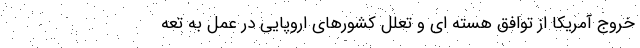
خروج آمریکا از توافق هسته ای و تعلل کشورهای اروپایی در عمل به تعه